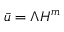
\bar { u } = \Lambda H ^ { m }